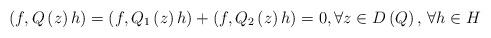
LaTeX: \begin{align*}\left( f,Q\left( z \right)h \right)=\left( f,Q_{1}\left( z \right)h \right)+\left( f,Q_{2}\left( z \right)h \right)=0,\forall z\in D\left( Q \right),\thinspace \forall h\in H\end{align*}